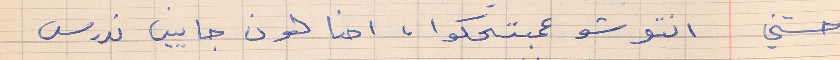
حسني     انتو شو عمبتحكوا ، احنا هون جايين ندرس